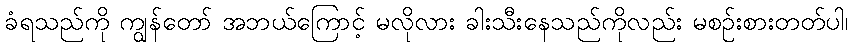
ခံရသည်ကို ကျွန်တော် အဘယ်ကြောင့် မလိုလား ခါးသီးနေသည်ကိုလည်း မစဉ်းစားတတ်ပါ၊